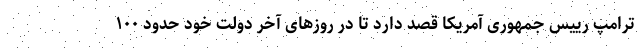
ترامپ رییس جمهوری آمریکا قصد دارد تا در روزهای آخر دولت خود حدود ۱۰۰